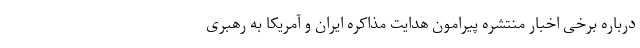
درباره برخی اخبار منتشره پیرامون هدایت مذاکره ایران و آمریکا به رهبری